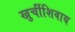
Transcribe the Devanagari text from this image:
खुर्चीशिवाय